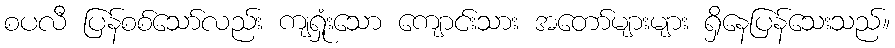
စပလီ ပြန်စစ်သော်လည်း ကျရှုံးသော ကျောင်းသား အတော်များများ ရှိနေပြန်သေးသည်။